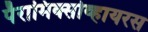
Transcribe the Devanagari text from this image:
पॅरामिक्सोव्हायरस